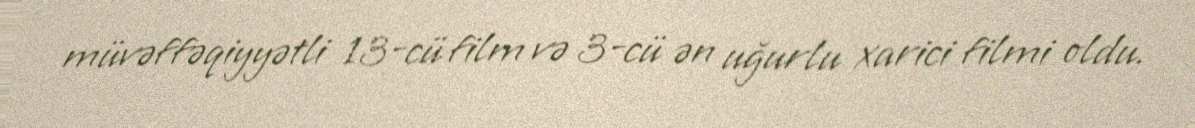
müvəffəqiyyətli 13-cü film və 3-cü ən uğurlu xarici filmi oldu.